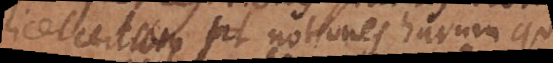
licet certum sit, notiones harum